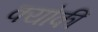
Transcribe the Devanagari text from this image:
क्योकीं